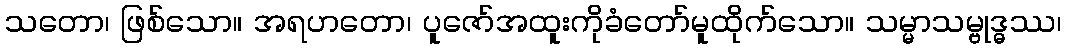
သတော၊ ဖြစ်သော။ အရဟတော၊ ပူဇော်အထူးကိုခံတော်မူထိုက်သော။ သမ္မာသမ္ဗုဒ္ဓဿ၊